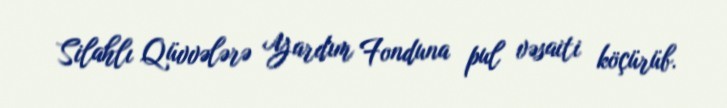
Silahlı Qüvvələrə Yardım Fonduna pul vəsaiti köçürüb.